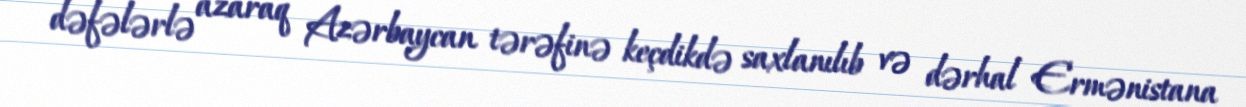
dəfələrlə azaraq Azərbaycan tərəfinə keçdikdə saxlanılıb və dərhal Ermənistana